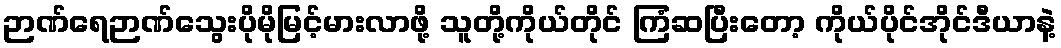
ဉာဏ်ရေဉာဏ်သွေးပိုမိုမြင့်မားလာဖို့ သူတို့ကိုယ်တိုင် ကြံဆပြီးတော့ ကိုယ်ပိုင်အိုင်ဒီယာနဲ့